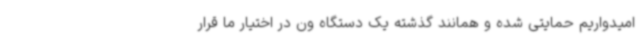
امیدواریم حمایتی شده و همانند گذشته یک دستگاه ون در اختیار ما قرار